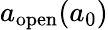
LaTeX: a_{\mathrm{open}}(a_{0})